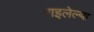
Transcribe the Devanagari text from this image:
राइलेल्या